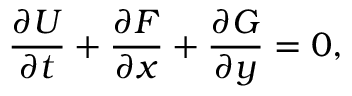
\frac { \partial \boldsymbol { U } } { \partial t } + \frac { \partial \boldsymbol { F } } { \partial x } + \frac { \partial \boldsymbol { G } } { \partial y } = 0 ,